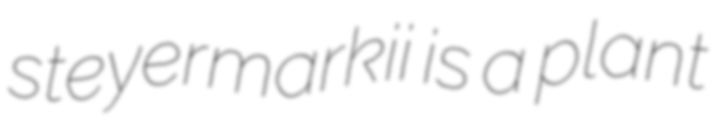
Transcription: steyermarkii is a plant